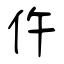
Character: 仵